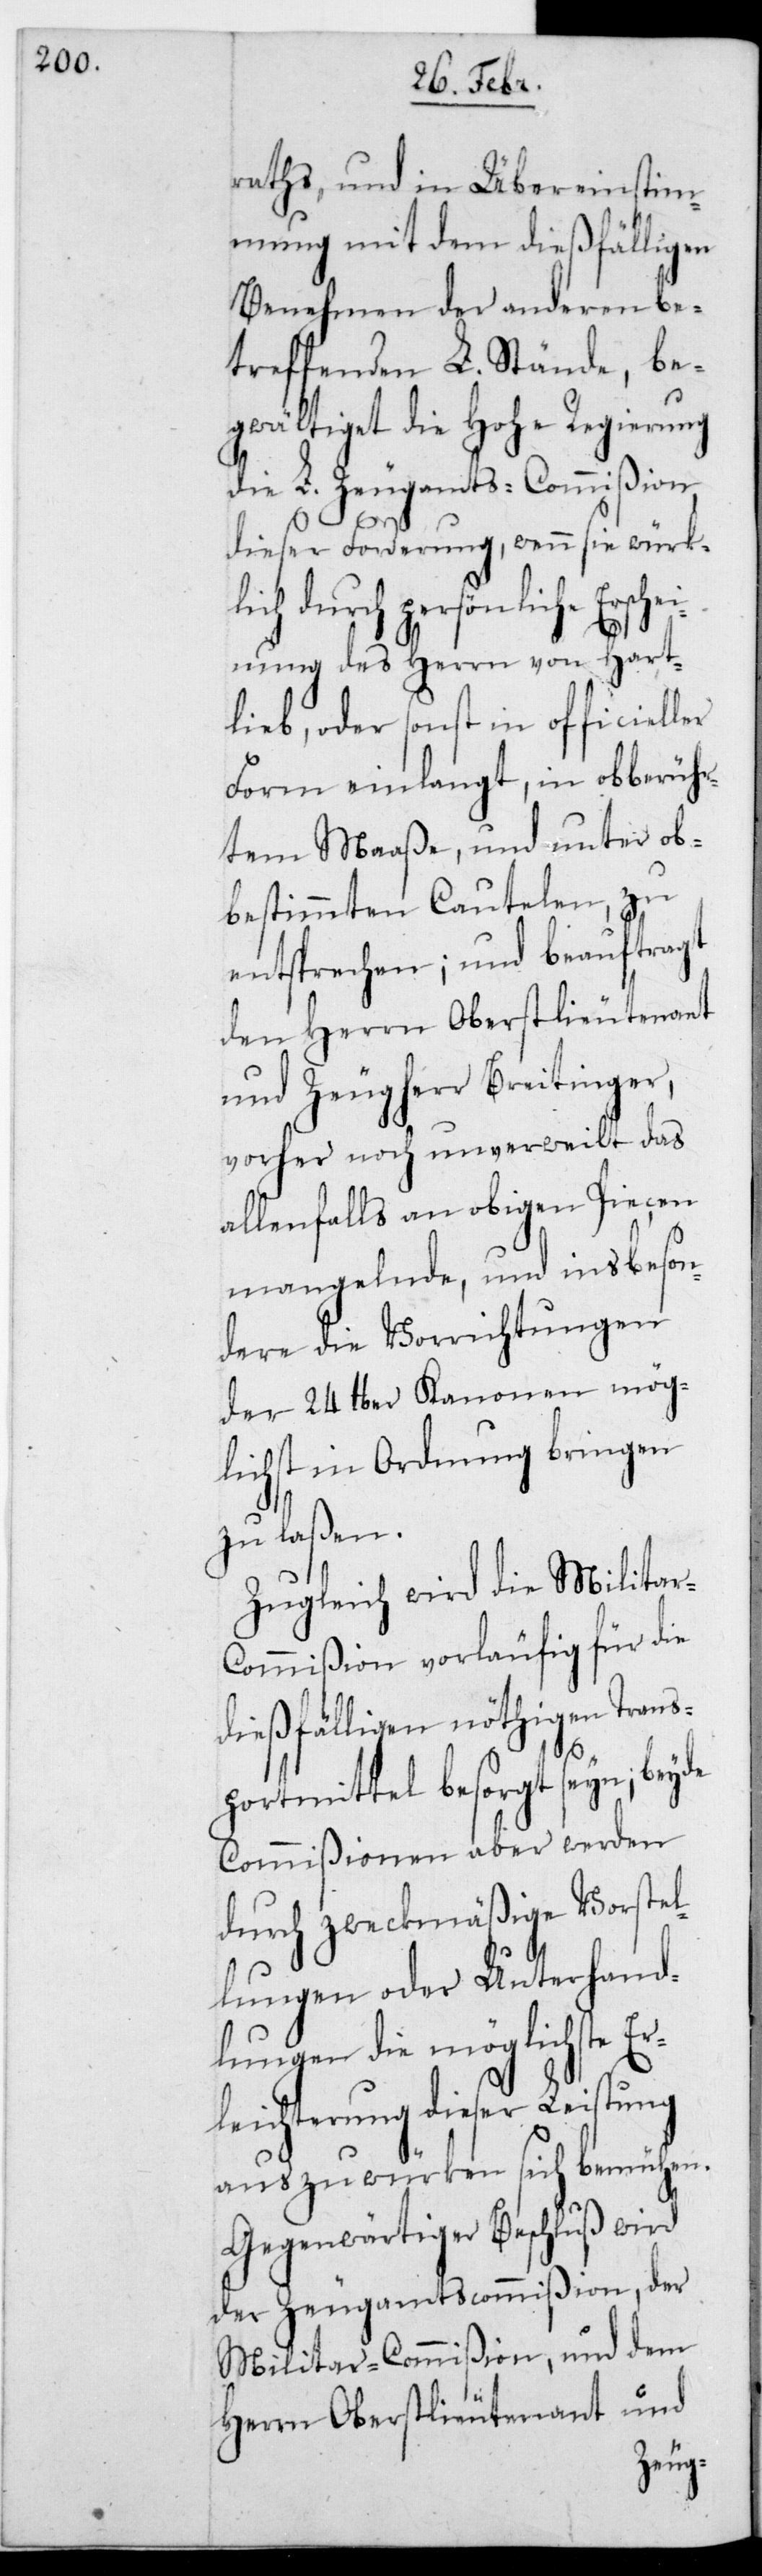
raths, und in Übereinstim¬
mung mit dem dießfälligen
Benehmen der anderen be¬
treffenden L. Stände, be¬
gwältiget die Hohe Regierung
die L. Zeugamts-Commißion,
dieser Forderung, wenn sie würkl¬
ich durch persönliche Ersc¬
nung des Herrn von Hart¬
lieb, oder sonst in officieller
Form einlangt, in obberühr¬
tem Maaße, und unter ob¬
bestimmten Cautelen, zu
entsprechen, und beauftragt
den Herrn Oberstlieutenant
und Zeugherr Breitinger,
vorher noch unverweilt das
allenfalls an obigen Piecen
mangelnde, und insbeson¬
dere die Vorrichtungen
der 24 lber Kanonen mög¬
lichst in Ordnung bringen
zu laßen.
Zugleich wird die Militar-C¬
ommißion vorläufig für die
dießfälligen nöthigen Trans¬
portmittel besorgt sein; beyde
Commißionen aber werden
durch zweckmäßige Vorstel¬
lungen oder Unterhand¬
lungen die möglichste Er¬
leichterung dieser Leistung
auszuwürken sich bemühen.
Gegenwärtiger Beschluß wird
der Zeugamtscommißion, der
Militar-Commißion und dem
Herrn Oberstlieutenant und
hei¬